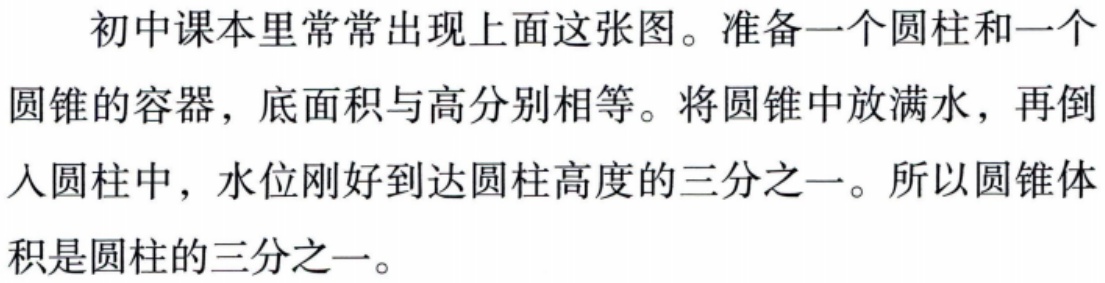
初中课本里常常出现上面这张图。准备一个圆柱和一个圆锥的容器，底面积与高分别相等。将圆锥中放满水，再倒入圆柱中，水位刚好到达圆柱高度的三分之一。所以圆锥体积是圆柱的三分之一。